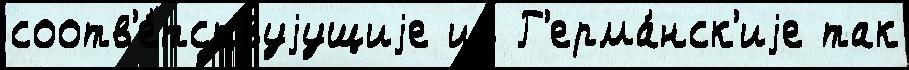
соотв'е́тствуjущиjе из Г'ерма́нск'иjе так